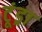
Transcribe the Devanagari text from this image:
टूंड्रा